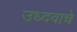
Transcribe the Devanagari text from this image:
उध्दवाचे